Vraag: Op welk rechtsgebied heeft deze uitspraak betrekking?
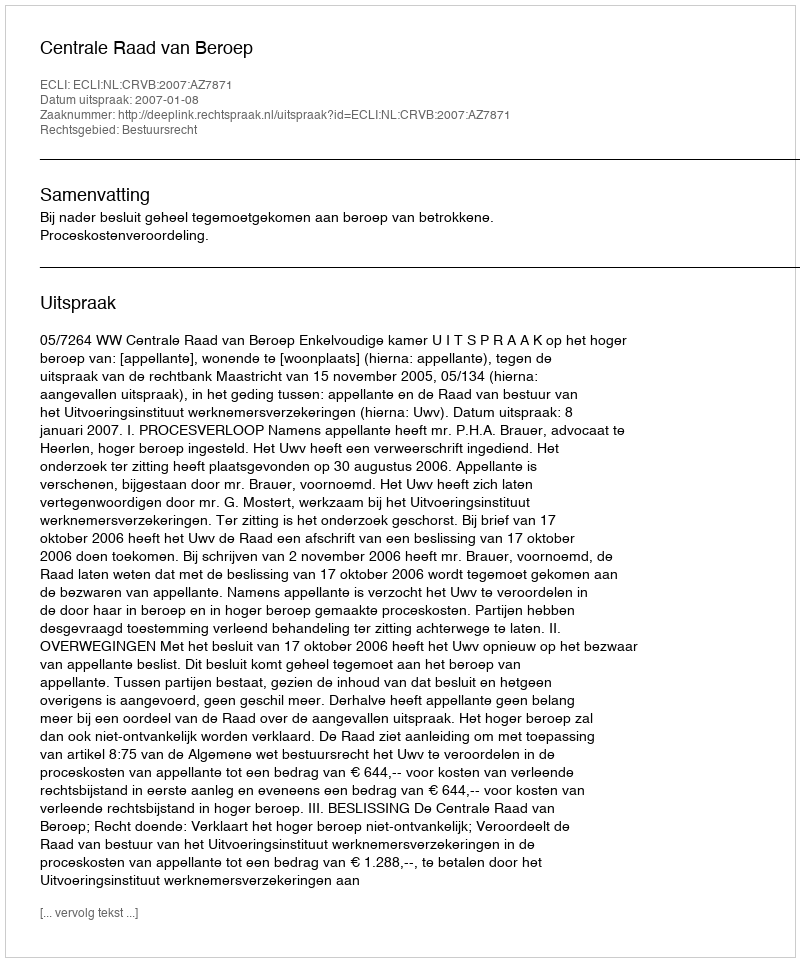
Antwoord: Bestuursrecht